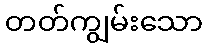
တတ်ကျွမ်းသော